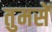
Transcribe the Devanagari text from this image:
तुमसें